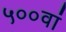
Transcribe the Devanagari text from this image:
५००वां